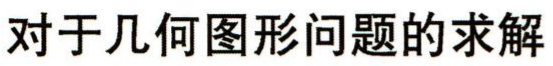
对于几何图形问题的求解